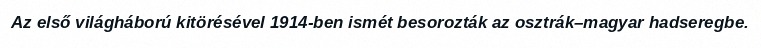
Az első világháború kitörésével 1914-ben ismét besorozták az osztrák–magyar hadseregbe.